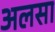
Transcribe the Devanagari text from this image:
अलसा